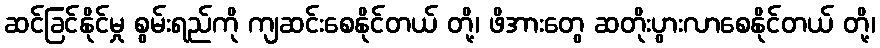
ဆင်ခြင်နိုင်မှု စွမ်းရည်ကို ကျဆင်းစေနိုင်တယ် တို့၊ ဖိအားတွေ ဆတိုးပွားလာစေနိုင်တယ် တို့၊